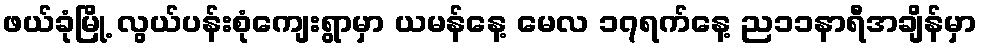
ဖယ်ခုံမြို့ လွယ်ပန်းစုံကျေးရွာမှာ ယမန်နေ့ မေလ ၁၇ရက်နေ့ ည၁၁နာရီအချိန်မှာ